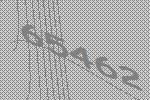
65462